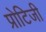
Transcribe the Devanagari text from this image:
प्रोटिजी